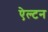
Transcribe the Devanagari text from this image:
ऐल्टन